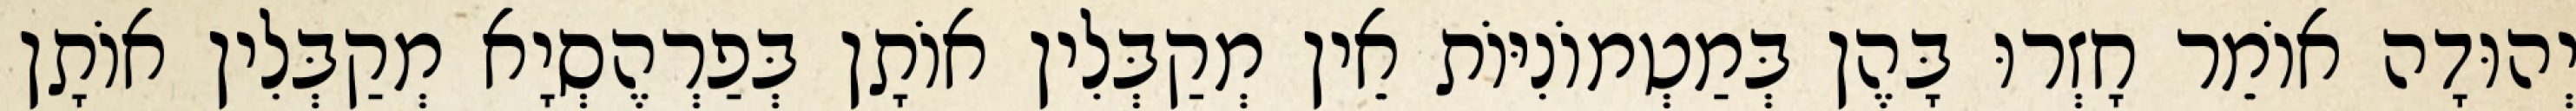
יְהוּדָה אוֹמֵר חָזְרוּ בָּהֶן בְּמַטְמוֹנִיּוֹת אֵין מְקַבְּלִין אוֹתָן בְּפַרְהֶסְיָא מְקַבְּלִין אוֹתָן